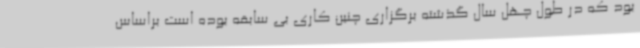
بود که در طول چهل سال گذشته برگزاری چنین کاری بی سابقه بوده است براساس